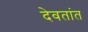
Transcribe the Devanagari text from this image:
देवतांत